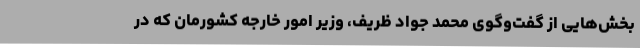
بخش‌هایی از گفت‌وگوی محمد جواد ظریف، وزیر امور خارجه کشورمان که در